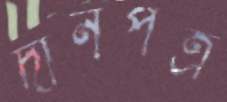
দানপত্র